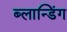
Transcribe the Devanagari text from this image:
ब्लान्डिंग